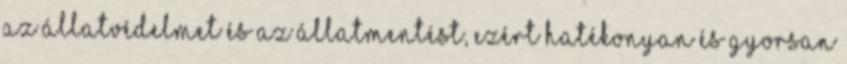
az állatvédelmet és az állatmentést, ezért hatékonyan és gyorsan